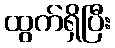
ထွက်ရှိပြီး